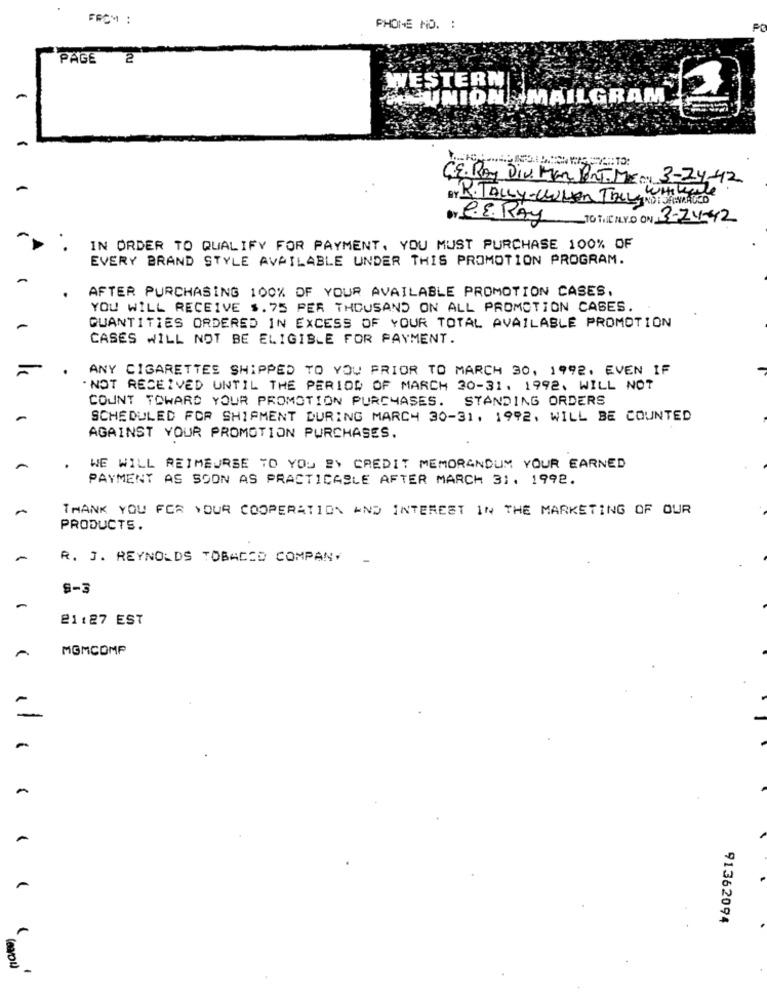
FROM :
PHONE NO. :
PAGE 2
WESTERN
MEUNION MAILGRAM
C.E. Roy Div. Man BAT. MEN: 3-24-42
Wiikale
BY R. TALLY-CWHEN TheLy NORSKEMARKED
By P.E. RAY TO TIL TUYO ON 3-24-42
IN ORDER TO QUALIFY FOR PAYMENT, YOU MUST PURCHASE 100% OF
EVERY BRAND STYLE AVAILABLE UNDER THIS PROMOTION PROGRAM.
AFTER PURCHASING 100% OF YOUR AVAILABLE PROMOTION CASES.
YOU WILL RECEIVE $.75 PER THOUSAND ON ALL PROMOTION CASES.
QUANTITIES ORDERED IN EXCESS OF YOUR TOTAL AVAILABLE PROMOTION
CASES WILL NOT BE ELIGIBLE FOR PAYMENT.
ANY CIGARETTES SHIPPED TO YOU PRIOR TO MARCH 30, 1992. EVEN IF
. NOT RECEIVED UNTIL THE PERIOD OF MARCH 30-31. 1992. WILL NOT
COUNT TOWARD YOUR PROMOTION PURCHASES. STANDING ORDERS
SCHEDULED FOR SHIPMENT DURING MARCH 30-31. 1992, WILL BE COUNTED
AGAINST YOUR PROMOTION PURCHASES.
WE WILL REIMBURSE TO YOU BY CREDIT MEMORANDUM YOUR EARNED
PAYMENT AS SOON AS PRACTICASLE AFTER MARCH 31. 1992.
THANK YOU FOR YOUR COOPERATION AND INTEREST IN THE MARKETING OF OUR
PRODUCTS.
-
R. J. REYNOLDS TOBACCO COMPANY
S-3
-
21:27 EST
MGMCOMP
-
-
91362094